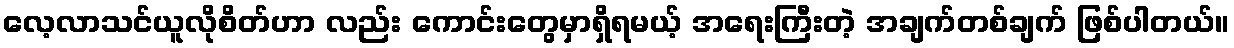
လေ့လာသင်ယူလိုစိတ်ဟာ လည်း ကောင်းတွေမှာရှိရမယ့် အရေးကြီးတဲ့ အချက်တစ်ချက် ဖြစ်ပါတယ်။